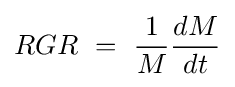
RGR\ =\ {\frac {1}{M}}{\frac {dM}{dt}}